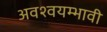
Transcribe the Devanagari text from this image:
अवश्वयम्भावी